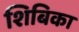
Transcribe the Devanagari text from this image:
शिबिका